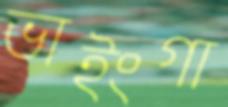
ভাইংগা